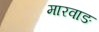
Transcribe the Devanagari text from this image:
मारवाङ